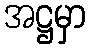
အဋ္ဌမှာ